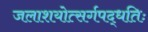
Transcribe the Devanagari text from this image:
जलाशयोत्सर्गपद्धतिः